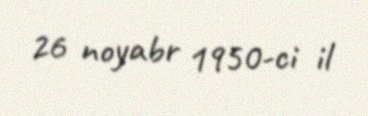
26 noyabr 1950-ci il